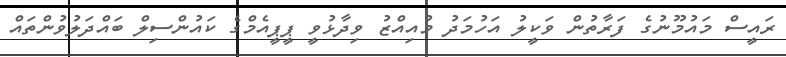
ރައީސް މައުމޫނުގެ ފަރާތުން ވަކީލު އަހުމަދު މުއިއްޒު ވިދާޅުވީ ޕީޕީއެމްގެ ކައުންސިލް ބައްދަލުވުންތައް